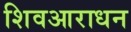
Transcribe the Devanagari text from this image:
शिवआराधन